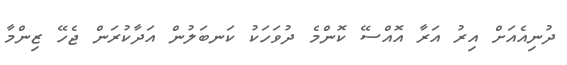
ދުނިއެއަށް އިރު އަރާ އޮއްސޭ ކޮންމެ ދުވަހަކު ކަނބަލުން އަދާކުރަން ޖެހޭ ޒިންމާ